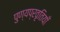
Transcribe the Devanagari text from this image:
पुण्यप्रवृतियाँ